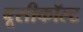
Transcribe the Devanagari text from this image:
बूसीकॉल्ट